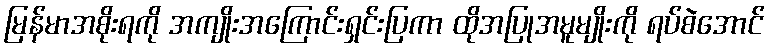
မြန်မာအစိုးရကို အကျိုးအကြောင်းရှင်းပြကာ ထိုအပြုအမူမျိုးကို ရပ်စဲအောင်